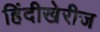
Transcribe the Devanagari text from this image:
हिंदीखेरीज